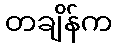
တချိန်က